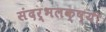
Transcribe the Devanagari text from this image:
संदर्भलक्ष्यी